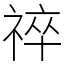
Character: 祽